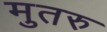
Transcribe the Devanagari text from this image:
मुतरु